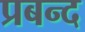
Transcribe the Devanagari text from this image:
प्रबन्द